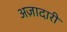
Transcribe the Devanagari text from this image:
अज़ादारी